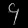
Digit: ၄